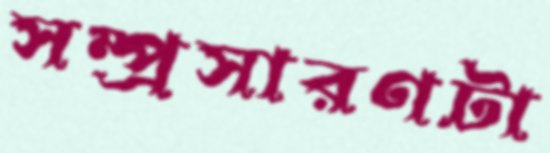
সম্প্রসারণটা